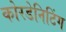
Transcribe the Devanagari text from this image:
कोरडेनिटिंग